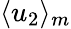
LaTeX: \langle u_{2}\rangle_{m}